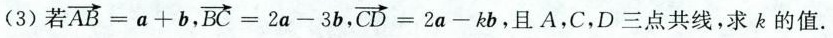
(3)若 $$\overrightarrow { A B } = a + b$$，$$\overrightarrow { B C } = 2 a - 3 b$$，$$\overrightarrow { C D } = 2 a - k b$$，且A，C，D三点共线，求k的值.